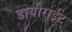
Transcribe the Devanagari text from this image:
डायोराईट